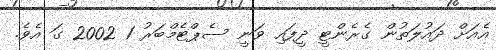
އެއަށް ދައުލަތުން ގެރެންޓީ ދީފައި ވަނީ ސެޕްޓެމްބަރު 1 2002 ގަ އެވެ.